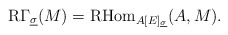
\begin{align*}\mathrm R\Gamma_{\underline \sigma}(M) = \mathrm{RHom}_{A[E]_{\underline \sigma}}(A, M). \end{align*}